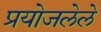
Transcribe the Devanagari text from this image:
प्रयोजलेले